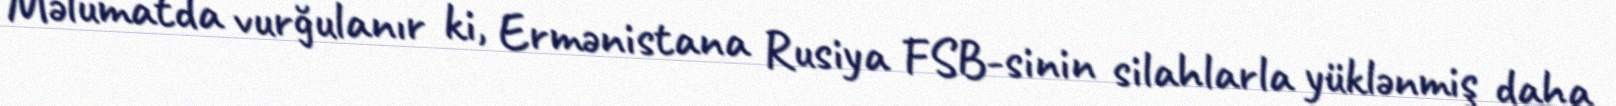
Məlumatda vurğulanır ki, Ermənistana Rusiya FSB-sinin silahlarla yüklənmiş daha